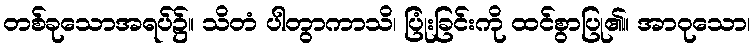
တစ်ခုသောအရပ်၌။ သိတံ ပါတွာကာသိ၊ ပြုံးခြင်းကို ထင်စွာပြု၏။ အာဝုသော၊